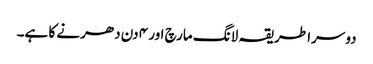
دوسرا طریقہ لانگ مارچ اور ۴ دن دھرنے کا ہے۔